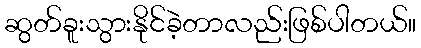
ဆွတ်ခူးသွားနိုင်ခဲ့တာလည်းဖြစ်ပါတယ်။